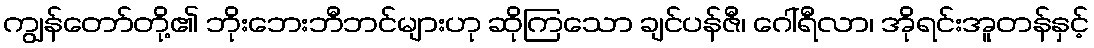
ကျွန်တော်တို့၏ ဘိုးဘေးဘီဘင်များဟု ဆိုကြသော ချင်ပန်ဇီ၊ ဂေါ်ရီလာ၊ အိုရင်းအူတန်နှင့်